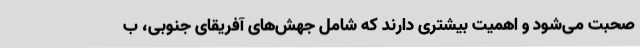
صحبت می‌شود و اهمیت بیشتری دارند که شامل جهش‌های آفریقای جنوبی، ب